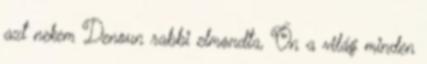
azt nekem Denoun rabbi elmondta, Ön a világ minden